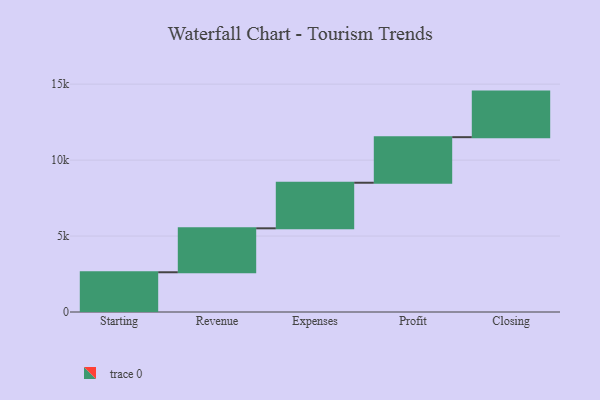
{"axis": {"x": "Step", "y": "Value"}, "legend": [""], "data": [{"x": "Starting", "y": 2616.0, "type": ""}, {"x": "Revenue", "y": 2894.0, "type": ""}, {"x": "Expenses", "y": 3000, "type": ""}, {"x": "Profit", "y": 3000, "type": ""}, {"x": "Closing", "y": 3000, "type": ""}]}